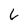
Character: 6